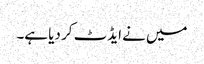
میں نے ایڈٹ کر دیا ہے۔